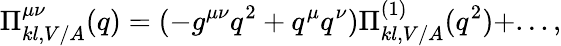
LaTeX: \Pi_{kl,V/A}^{\mu\nu}(q)=(-g^{\mu\nu}q^{2}+q^{\mu}q^{\nu})\Pi_{kl,V/A}^{(1)}(q^{2})+...,